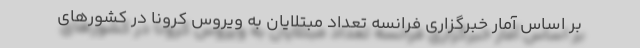
بر اساس آمار خبرگزاری فرانسه تعداد مبتلایان به ویروس کرونا در کشورهای